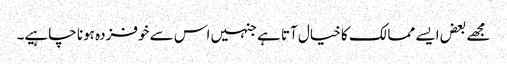
مجھے بعض ایسے ممالک کا خیال آتا ہے جنہیں اس سے خوفزدہ ہونا چاہیے۔